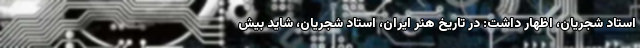
استاد شجریان، اظهار داشت: در تاریخ هنر ایران، استاد شجریان، شاید بیش